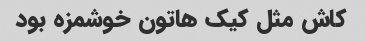
کاش مثل کیک هاتون خوشمزه بود